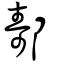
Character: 𨞪